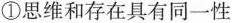
①思维和存在具有同一性